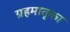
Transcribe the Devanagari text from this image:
ग्रहमातृका